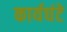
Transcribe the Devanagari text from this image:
कार्यघंटे